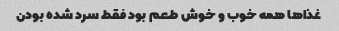
غذاها همه خوب و خوش طعم بود فقط سرد شده بودن